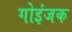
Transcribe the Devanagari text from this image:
गोइंजक